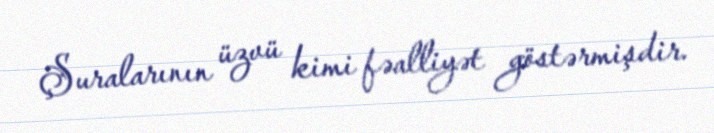
Şuralarının üzvü kimi fəalliyət göstərmişdir.